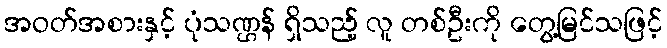
အဝတ်အစားနှင့် ပုံသဏ္ဌန် ရှိသည့် လူ တစ်ဦးကို တွေ့မြင်သဖြင့်